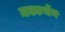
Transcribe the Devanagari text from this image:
मक्कर्थेय